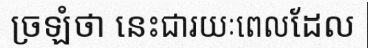
ច្រឡំថា នេះជារយៈពេលដែល